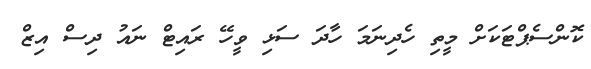
ކޮންސެޕްޓަކަށް މީތި ހެދިނަމަ ހާދަ ސަޅި ވީހޭ ރައިޓް ނައު ދިސް އިޒް